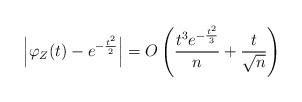
LaTeX: \begin{align*}\left|\varphi_Z(t)-e^{-\frac{t^2}{2}}\right|=O\left(\frac{t^3e^{-\frac{t^2}{3}}}{n}+\frac{t}{\sqrt{n}}\right)\end{align*}